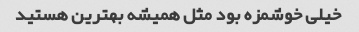
خیلی خوشمزه بود مثل همیشه بهترین هستید